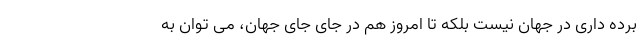
برده داری در جهان نیست بلکه تا امروز هم در جای جای جهان، می توان به